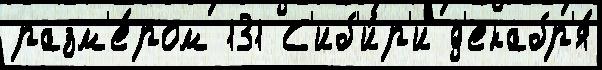
разм'е́ром 131 С'иб'и́р'и д'екабр'я́